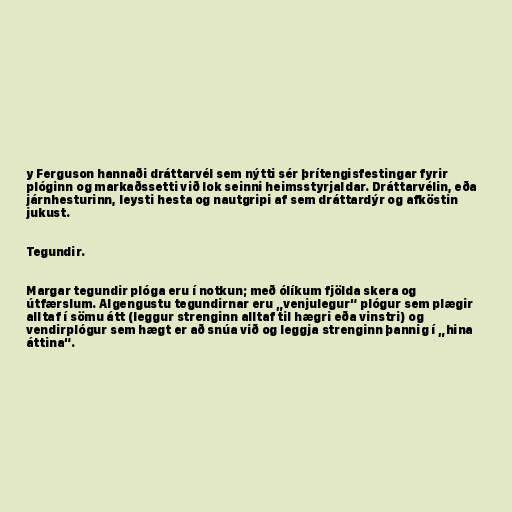
y Ferguson hannaði dráttarvél sem nýtti sér þrítengisfestingar fyrir
plóginn og markaðssetti við lok seinni heimsstyrjaldar. Dráttarvélin, eða
járnhesturinn, leysti hesta og nautgripi af sem dráttardýr og afköstin
jukust.

Tegundir.

Margar tegundir plóga eru í notkun; með ólíkum fjölda skera og
útfærslum. Algengustu tegundirnar eru „venjulegur“ plógur sem plægir
alltaf í sömu átt (leggur strenginn alltaf til hægri eða vinstri) og
vendirplógur sem hægt er að snúa við og leggja strenginn þannig í „hina
áttina“.